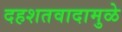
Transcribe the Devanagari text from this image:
दहशतवादामुळे